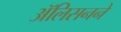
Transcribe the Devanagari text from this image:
ॲलिसनने